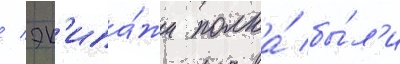
/ эк'ипа́жи полка́ бы́л'и